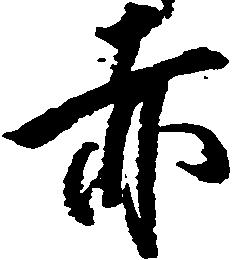
赤